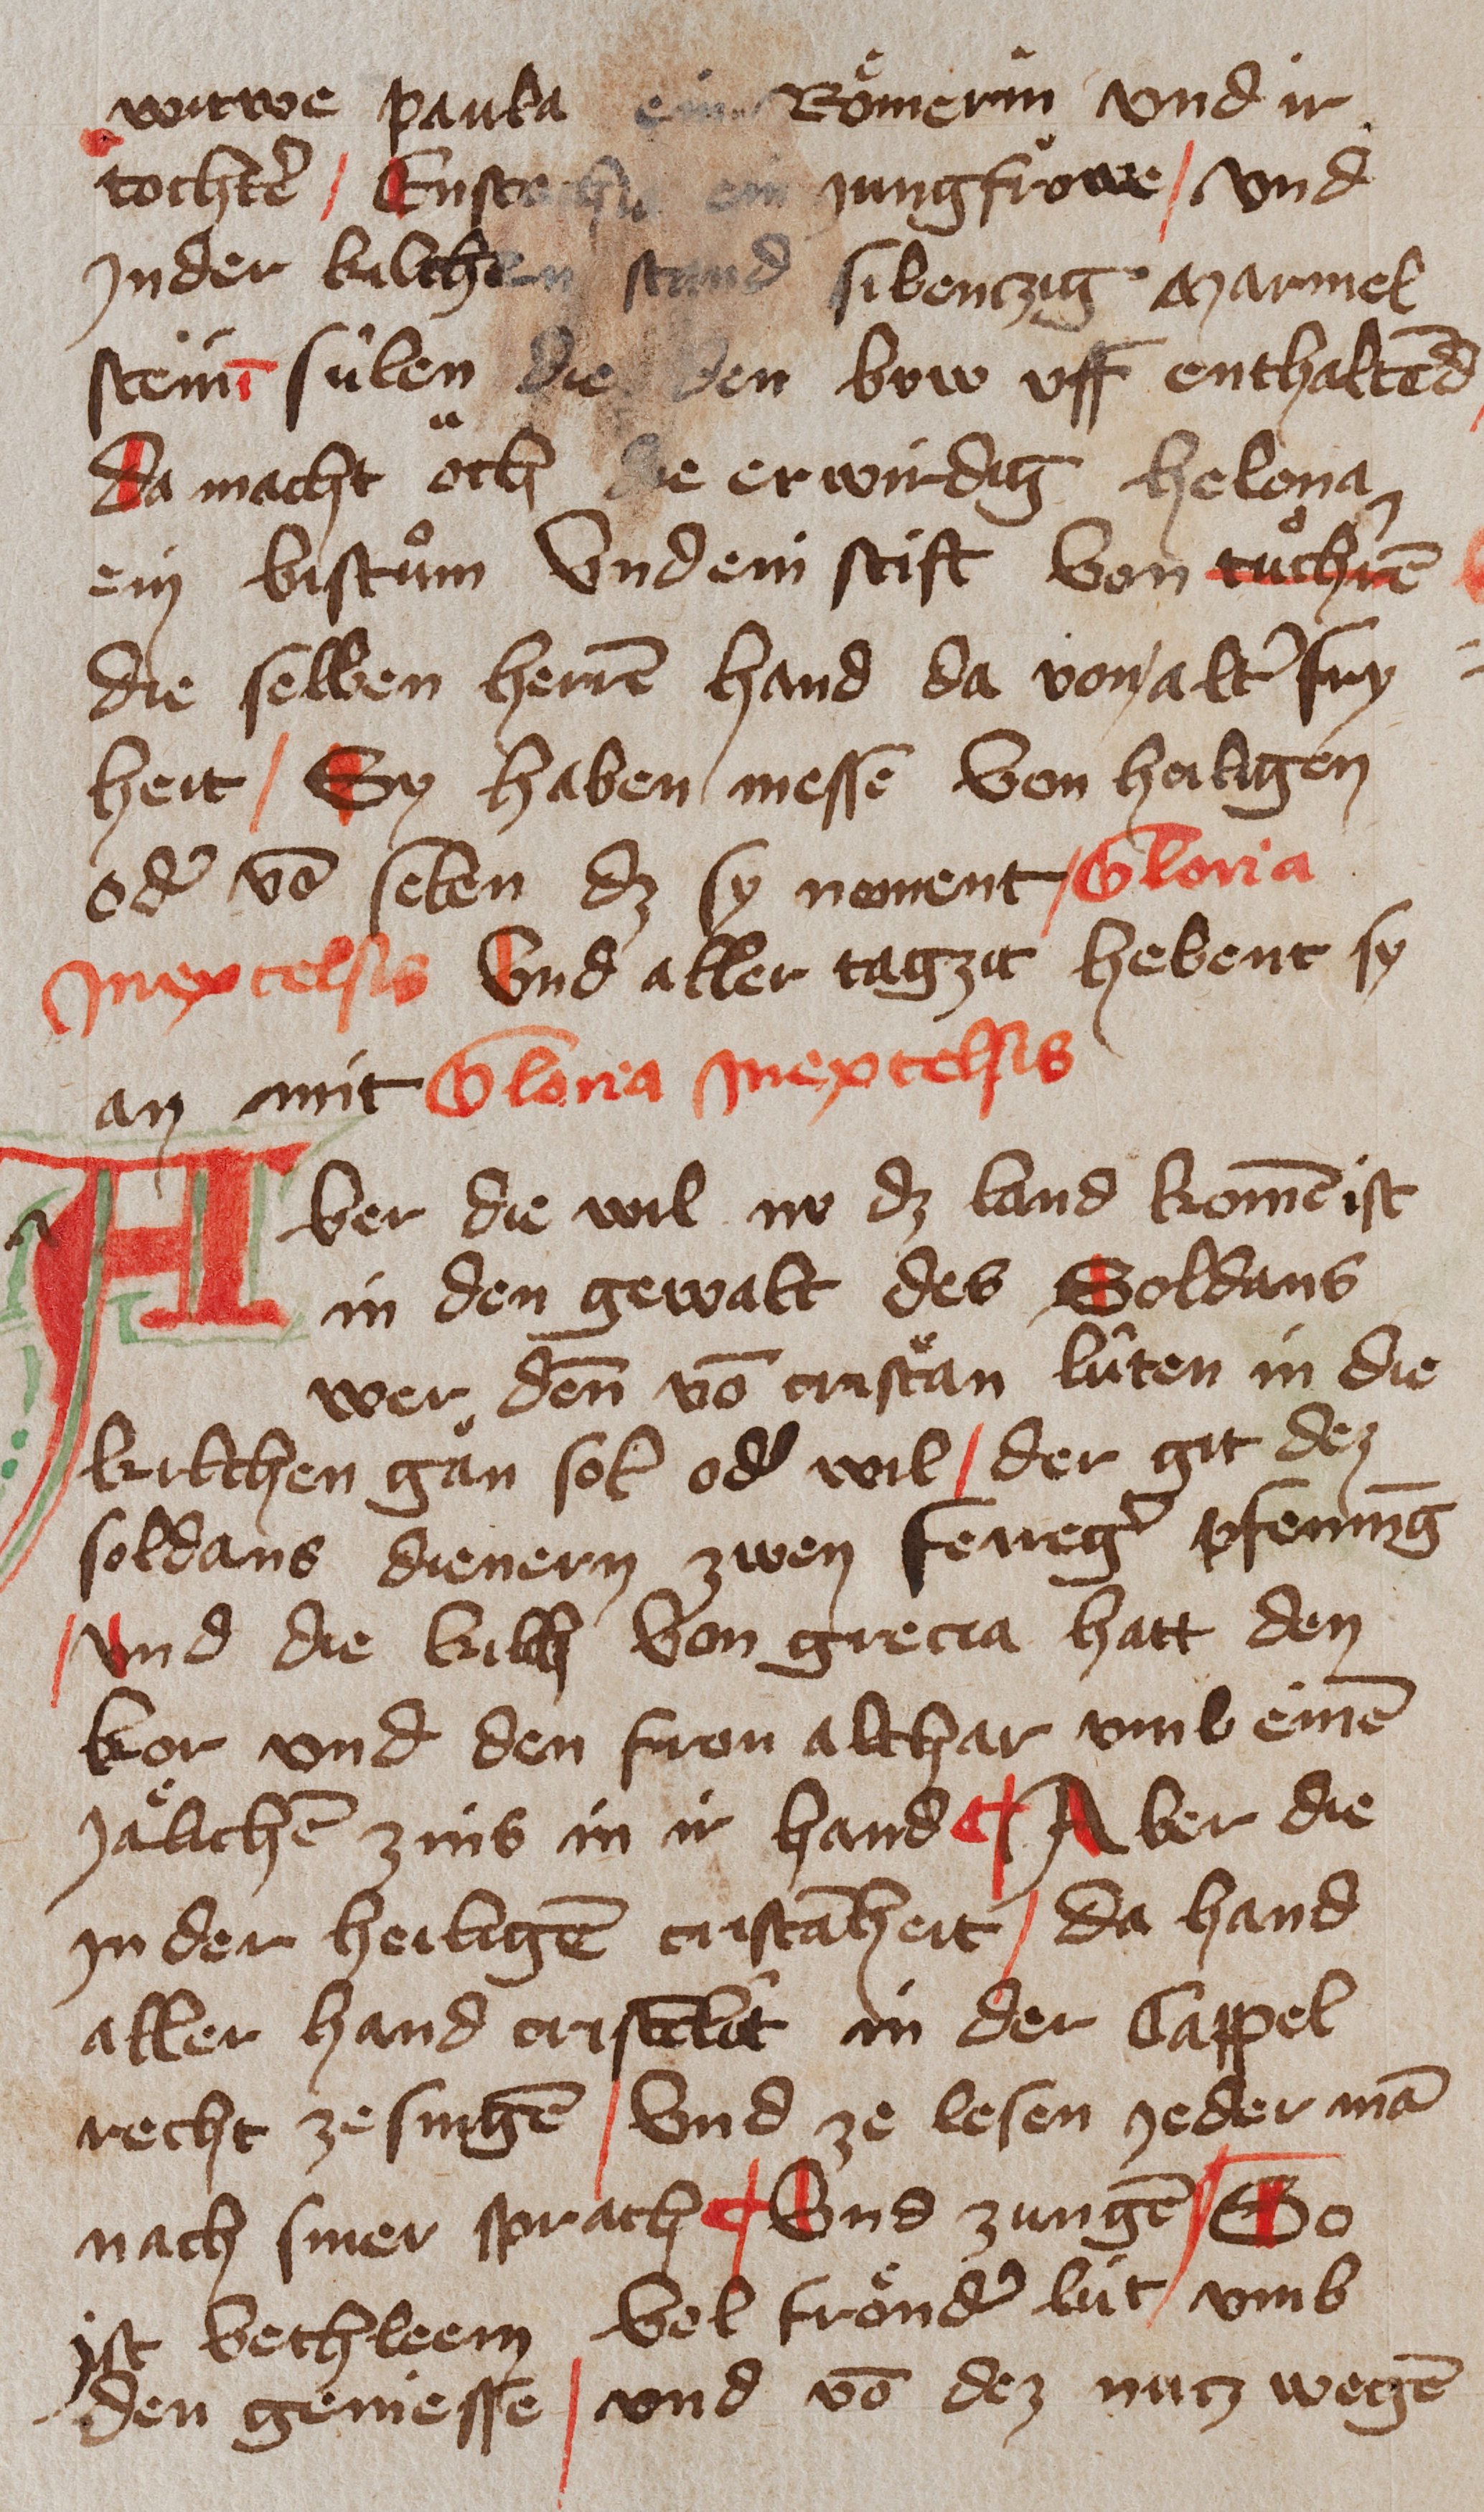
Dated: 1400–1449